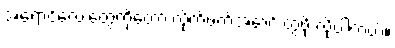
အရောင်လေးတွေကိုတော့ လိုက်ဖက်အောင် တွဲဖို့ လိုပါတယ်။